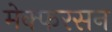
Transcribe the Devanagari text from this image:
मेक्फरसन